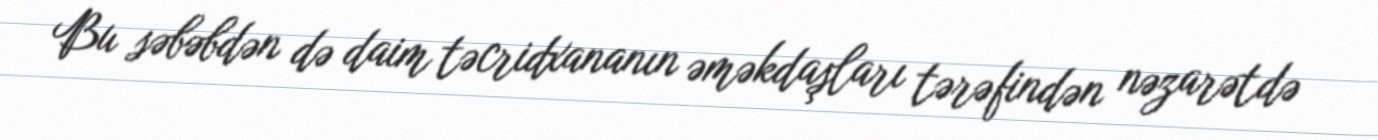
Bu səbəbdən də daim təcridxananın əməkdaşları tərəfindən nəzarətdə